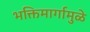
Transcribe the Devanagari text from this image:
भक्तिमार्गामुळे